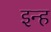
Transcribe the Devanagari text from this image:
इन्ह